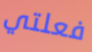
فعلتي